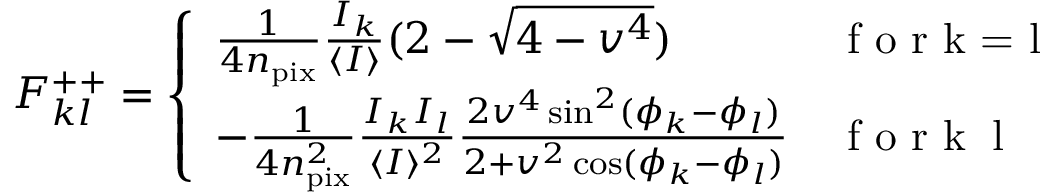
F _ { k l } ^ { + + } = \left\{ \begin{array} { l l } { \frac { 1 } { 4 n _ { \mathrm { p i x } } } \frac { I _ { k } } { \langle I \rangle } ( 2 - \sqrt { 4 - v ^ { 4 } } ) } & { \textrm { f o r k = l } } \\ { - \frac { 1 } { 4 n _ { \mathrm { p i x } } ^ { 2 } } \frac { I _ { k } I _ { l } } { \langle I \rangle ^ { 2 } } \frac { 2 v ^ { 4 } \sin ^ { 2 } ( \phi _ { k } - \phi _ { l } ) } { 2 + v ^ { 2 } \cos ( \phi _ { k } - \phi _ { l } ) } } & { \textrm { f o r k \neq l } } \end{array} \right.